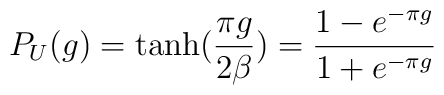
P_{U}(g)=\tanh({\frac{\pi g}{2\beta}})=\frac{1-e^{-\pi g}}{1+e^{-\pi g}}